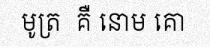
មូត្រ  គឺ នោម គោ